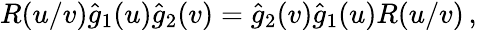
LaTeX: R(u/v)\hat{g}_{1}(u)\hat{g}_{2}(v)=\hat{g}_{2}(v)\hat{g}_{1}(u)R(u/v)\, ,